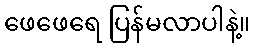
ဖေဖေရေ ပြန်မလာပါနဲ့။